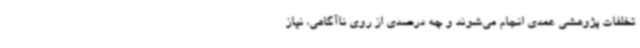
تخلفات پژوهشی عمدی انجام می‌شوند و چه درصدی از روی ناآگاهی، نیاز